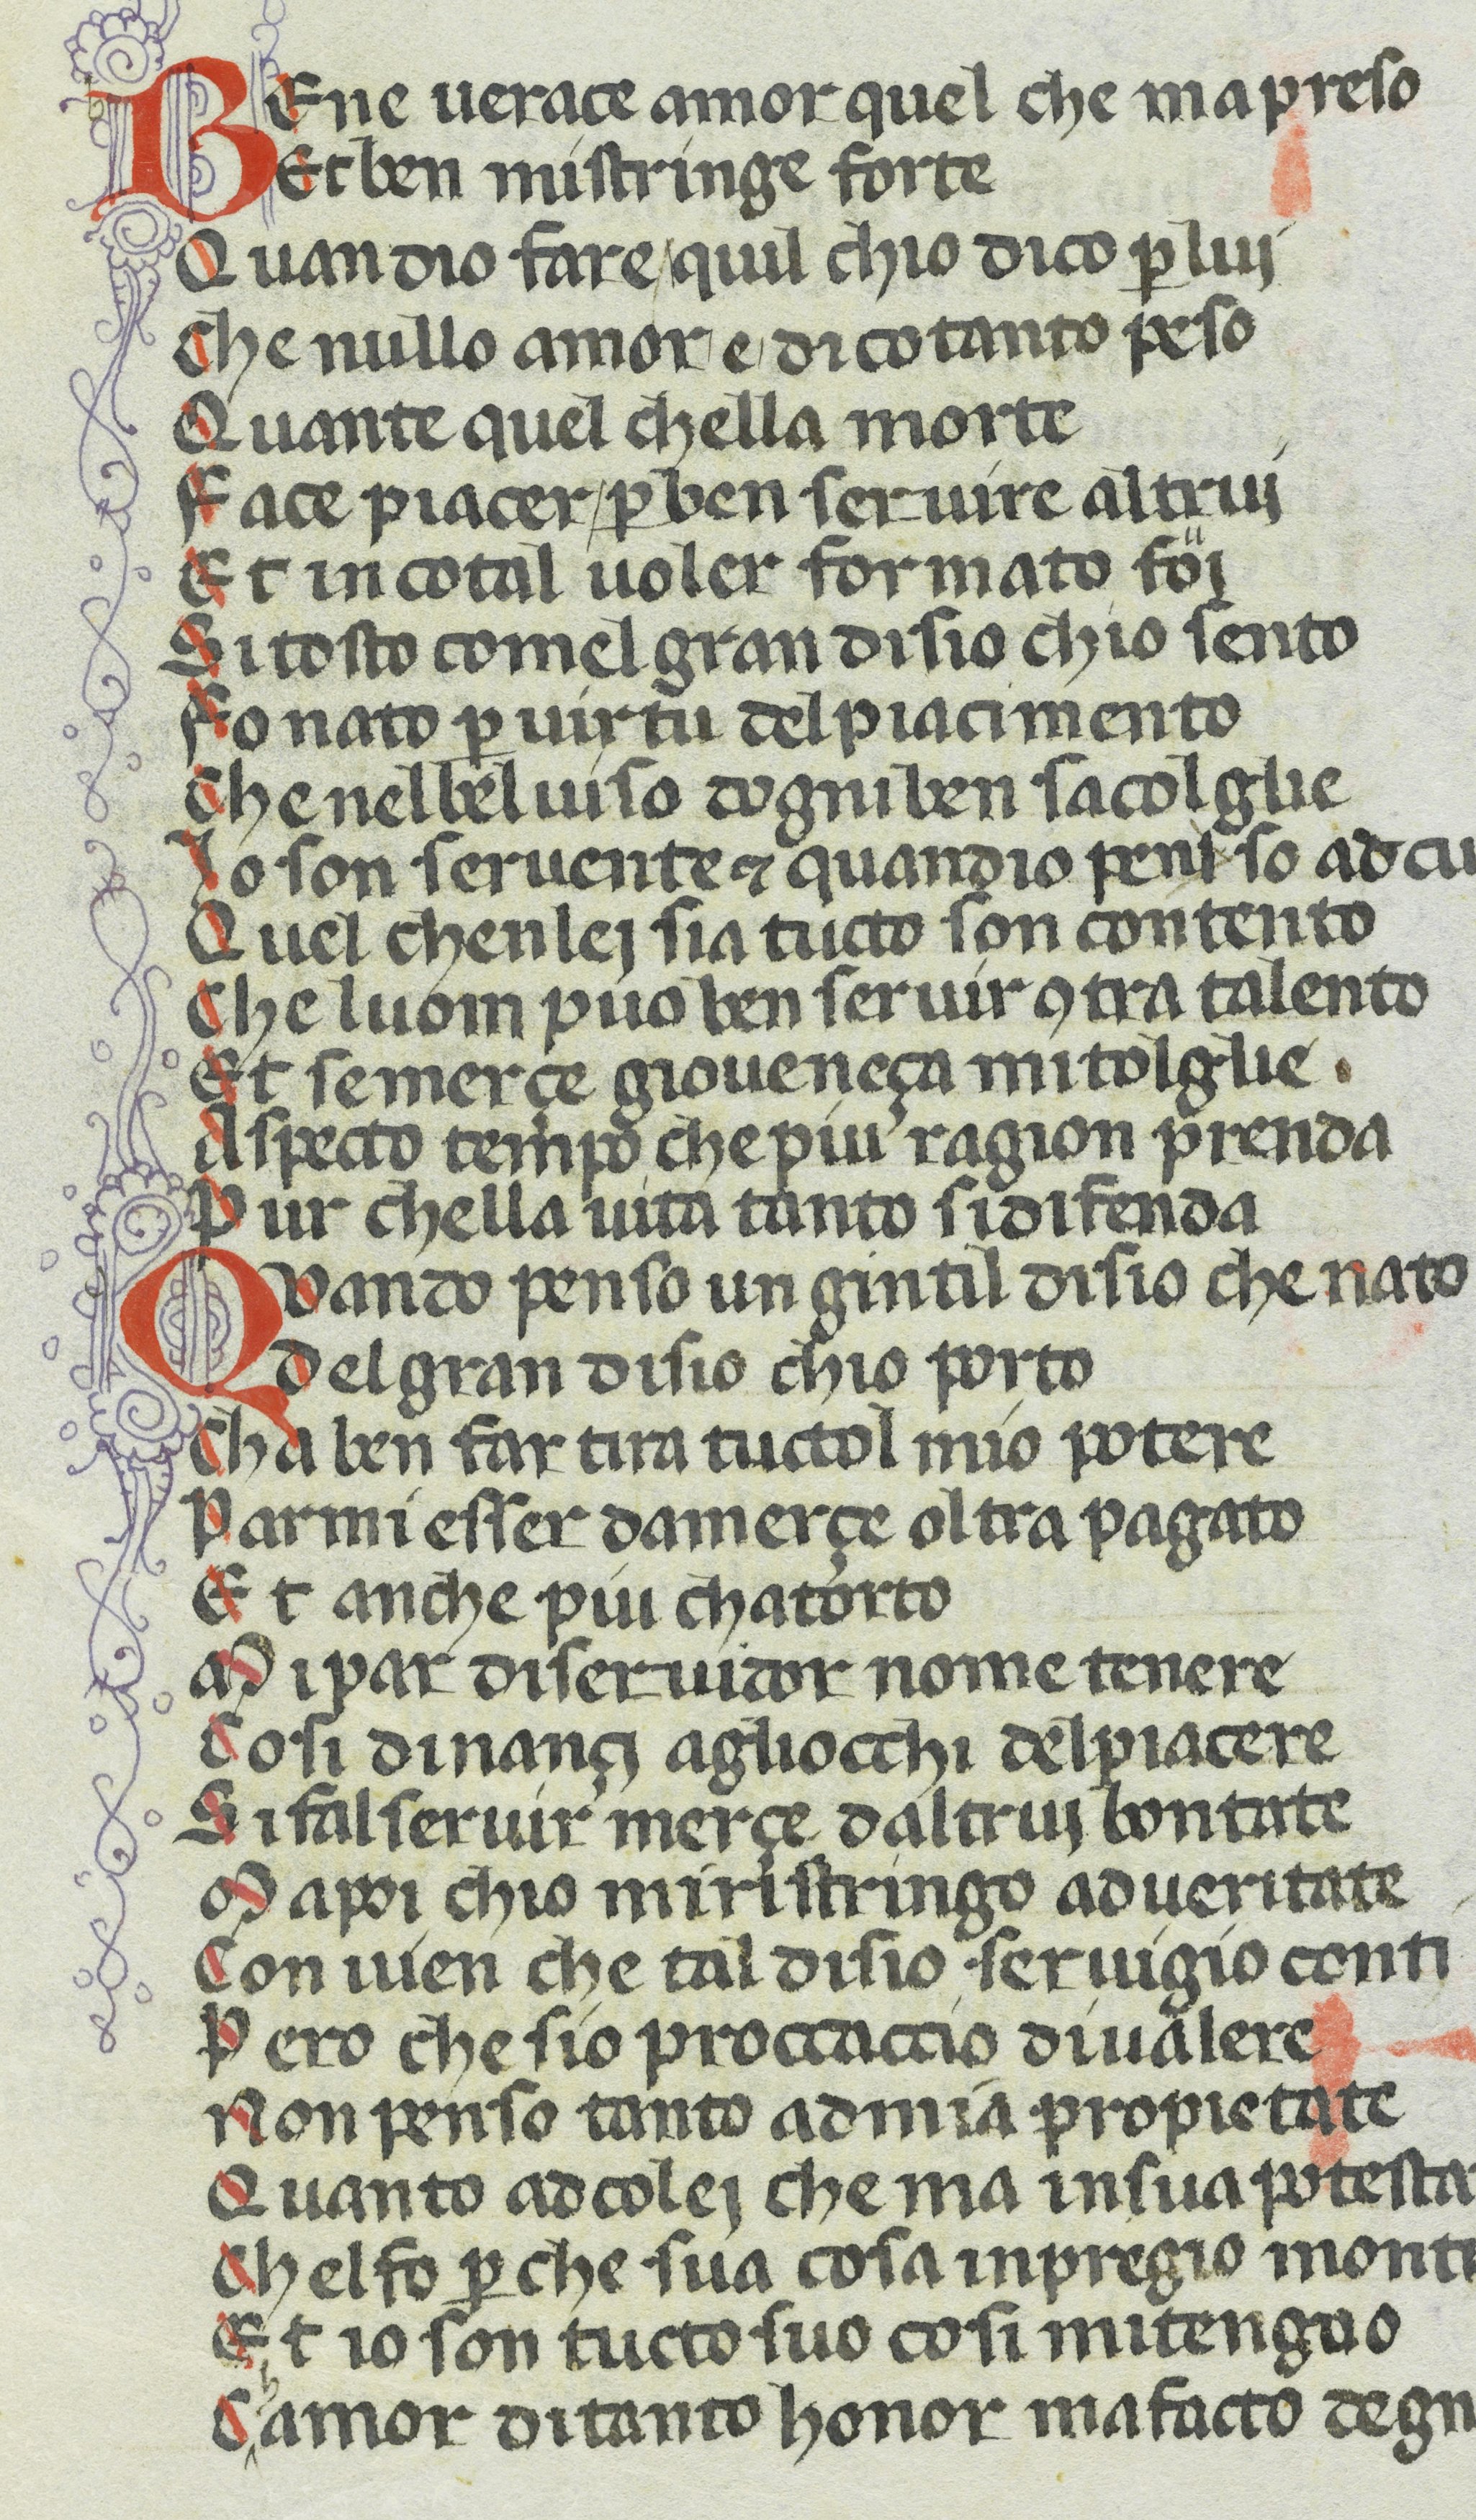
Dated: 1370–1399